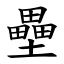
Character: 壘